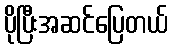
ပိုပြီးအဆင်ပြေတယ်